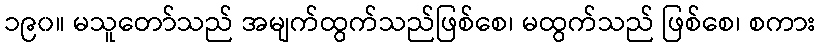
၁၉၀။ မသူတော်သည် အမျက်ထွက်သည်ဖြစ်စေ၊ မထွက်သည် ဖြစ်စေ၊ စကား